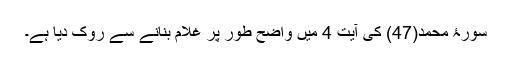
سورۂ محمد(47) کی آیت 4 میں واضح طور پر غلام بنانے سے روک دیا ہے۔